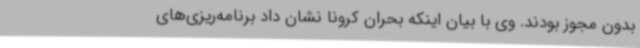
بدون مجوز بودند. وی با بیان اینکه بحران کرونا نشان داد برنامه‌ریزی‌های